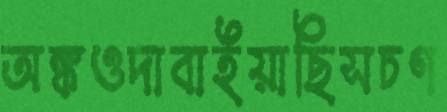
অঙ্কওদাবাইয়াছিসচণ